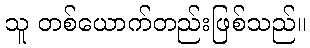
သူ တစ်ယောက်တည်းဖြစ်သည်။